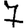
Digit: 7